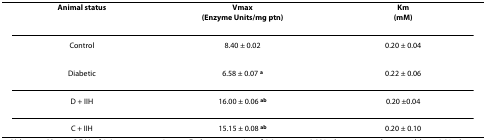
<table><thead><tr><td><b>Animal status</b></td><td><b>Vmax(Enzyme Units/mg ptn)</b></td><td><b>Km(mM)</b></td></tr></thead><tbody><tr><td>Control</td><td>8.40 ± 0.02</td><td>0.20 ± 0.04</td></tr><tr><td>Diabetic</td><td>6.58 ± 0.07 <sup><b>a</b></sup></td><td>0.22 ± 0.06</td></tr><tr><td>D + IIH</td><td>16.00 ± 0.06 <sup><b>ab</b></sup></td><td>0.20 ±0.04</td></tr><tr><td>C + IIH</td><td>15.15 ± 0.08 <sup><b>ab</b></sup></td><td>0.20 ± 0.10</td></tr></tbody></table>